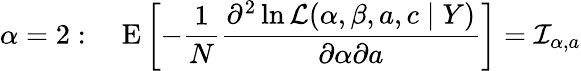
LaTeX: \alpha=2:\quad\operatorname{E}\left[-{\frac{1}{N}}{\frac{\partial^{2}\ln{\mathcal{L}}(\alpha,\beta,a,c\mid Y)}{\partial\alpha\partial a}}\right]={\mathcal{I}}_{\alpha,a}